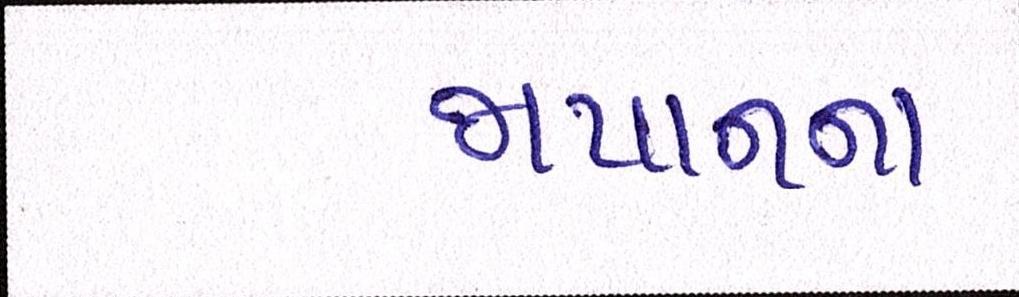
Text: જાપાનના